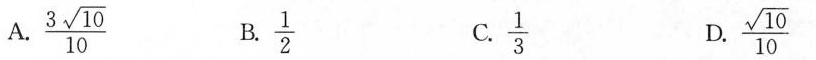
A. \frac{3 \sqrt{10}}{10} B. \frac{1}{2} C.\frac{1}{3} D. \frac{\sqrt{10}}{10}